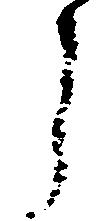
う